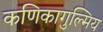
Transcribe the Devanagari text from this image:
कणिकागुल्मिय